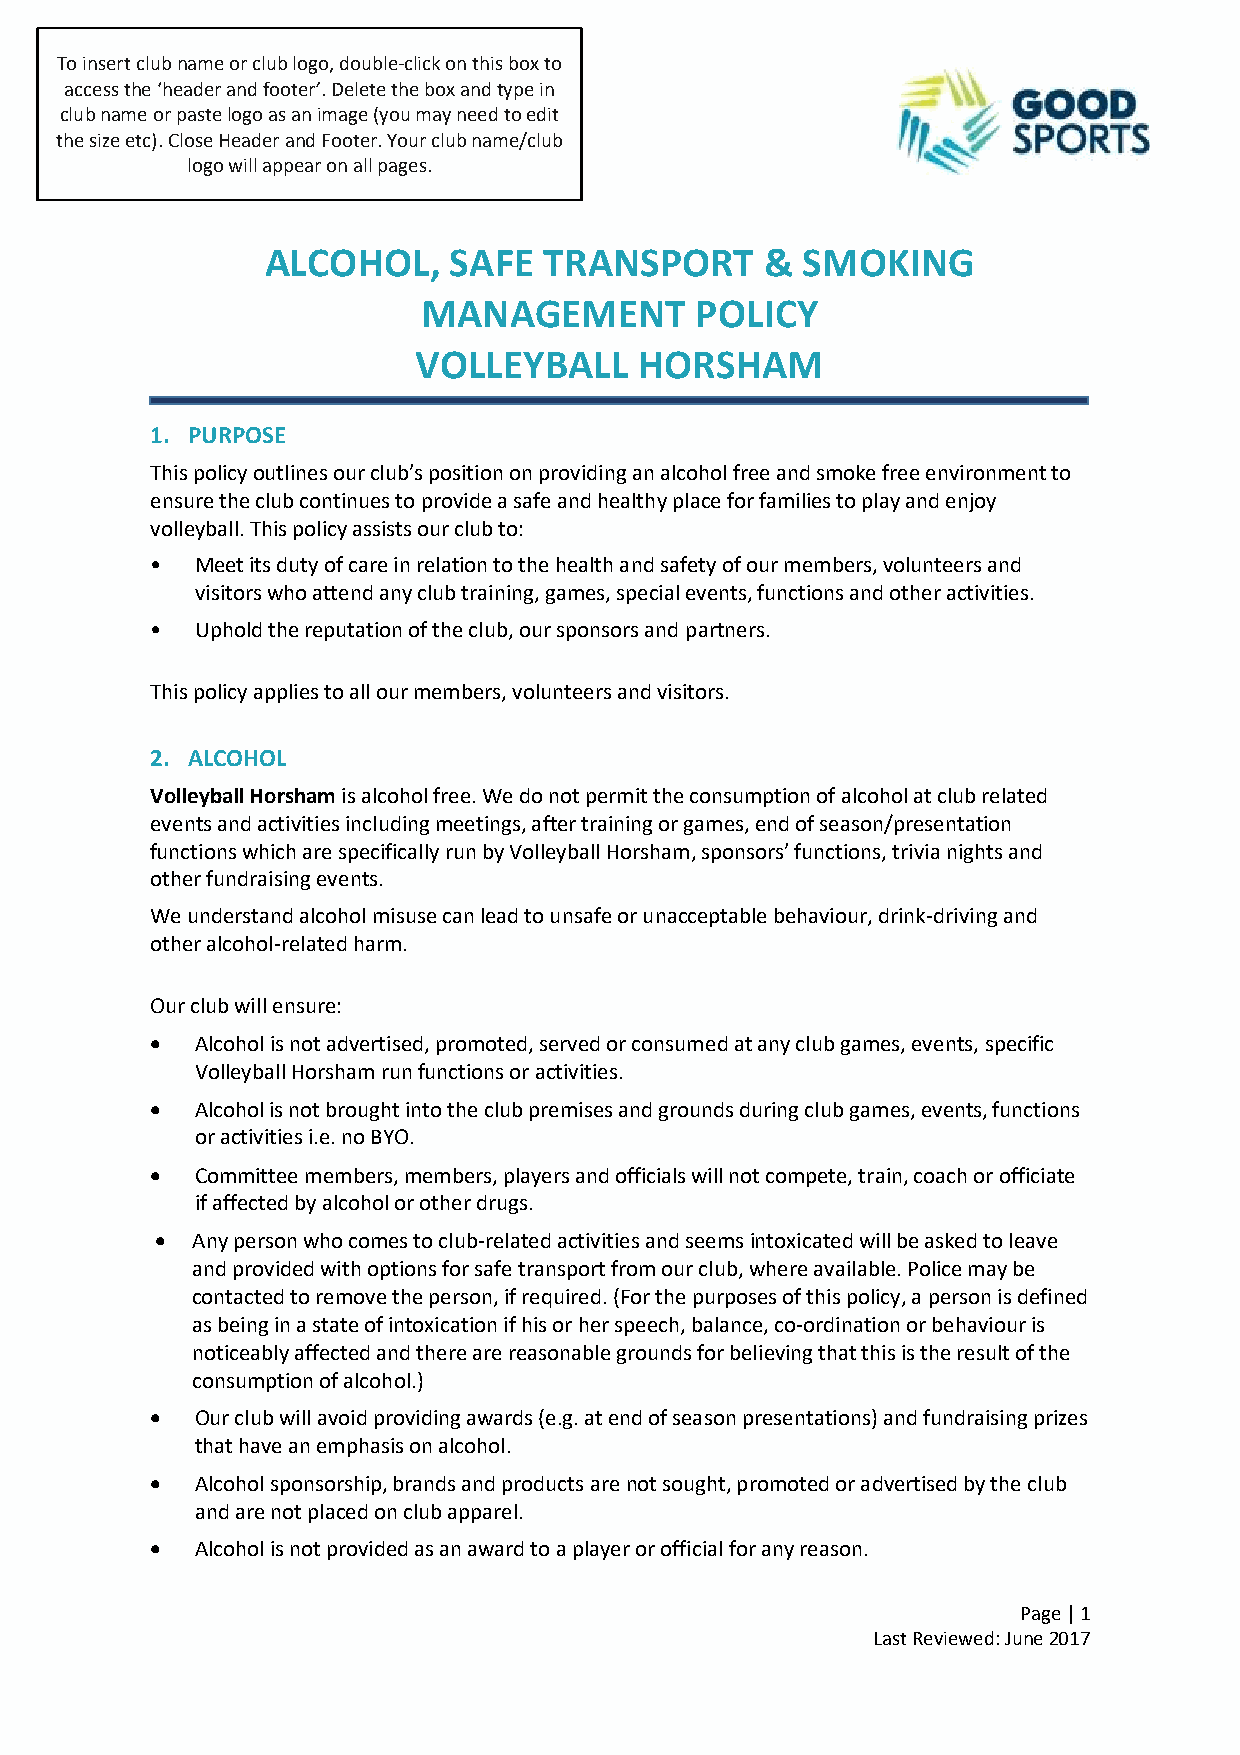
To insert club name or club logo, double-click on this box to
 access the ‘header and footer’. Delete the box and type in
 club name or paste logo as an image (you may need to edit
 the size etc). Close Header and Footer. Your club name/club
 logo will appear on all pages.
 ALCOHOL,    SAFE  TRANSPORT      & SMOKING
 MANAGEMENT        POLICY
 VOLLEYBALL     HORSHAM
 1. PURPOSE
 This policy outlines our club’s position on providing an alcohol free and smoke free environment to
 ensure the club continues to provide a safe and healthy place for families to play and enjoy
 volleyball. This policy assists our club to:
 •  Meet its duty of care in relation to the health and safety of our members, volunteers and
 visitors who attend any club training, games, special events, functions and other activities.
 •  Uphold the reputation of the club, our sponsors and partners.
 This policy applies to all our members, volunteers and visitors.
 2. ALCOHOL
 Volleyball Horsham is alcohol free. We do not permit the consumption of alcohol at club related
 events and activities including meetings, after training or games, end of season/presentation
 functions which are specifically run by Volleyball Horsham, sponsors’ functions, trivia nights and
 other fundraising events.
 We understand alcohol misuse can lead to unsafe or unacceptable behaviour, drink-driving and
 other alcohol-related harm.
 Our club will ensure:
   Alcohol is not advertised, promoted, served or consumed at any club games, events, specific
 Volleyball Horsham run functions or activities.
   Alcohol is not brought into the club premises and grounds during club games, events, functions
 or activities i.e. no BYO.
   Committee members, members, players and officials will not compete, train, coach or officiate
 if affected by alcohol or other drugs.
   Any person who comes to club-related activities and seems intoxicated will be asked to leave
 and provided with options for safe transport from our club, where available. Police may be
 contacted to remove the person, if required. (For the purposes of this policy, a person is defined
 as being in a state of intoxication if his or her speech, balance, co-ordination or behaviour is
 noticeably affected and there are reasonable grounds for believing that this is the result of the
 consumption of alcohol.)
   Our club will avoid providing awards (e.g. at end of season presentations) and fundraising prizes
 that have an emphasis on alcohol.
   Alcohol sponsorship, brands and products are not sought, promoted or advertised by the club
 and are not placed on club apparel.
   Alcohol is not provided as an award to a player or official for any reason.
 Page | 1
 Last Reviewed: June 2017